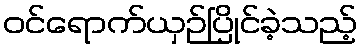
ဝင်ရောက်ယှဉ်ပြိုင်ခဲ့သည့်